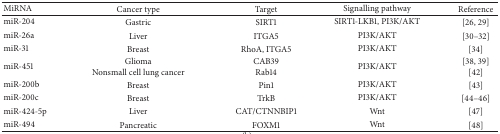
<table><thead><tr><td><b>MiRNA</b></td><td><b>Cancer type</b></td><td><b>Target</b></td><td><b>Signalling pathway</b></td><td><b>Reference</b></td></tr></thead><tbody><tr><td>miR-204</td><td>Gastric</td><td>SIRT1</td><td>SIRT1-LKB1, PI3K/AKT</td><td>[26, 29]</td></tr><tr><td>miR-26a</td><td>Liver </td><td>ITGA5</td><td>PI3K/AKT </td><td>[30–32]</td></tr><tr><td>miR-31</td><td>Breast</td><td>RhoA, ITGA5</td><td>PI3K/AKT</td><td>[34]</td></tr><tr><td>miR-451</td><td>GliomaNonsmall cell lung cancer</td><td>CAB39Rab14</td><td>PI3K/AKT</td><td>[38, 39][42]</td></tr><tr><td>miR-200b</td><td>Breast</td><td>Pin1</td><td>PI3K/AKT</td><td>[43]</td></tr><tr><td>miR-200c</td><td>Breast</td><td>TrkB</td><td>PI3K/AKT</td><td>[44–46]</td></tr><tr><td>miR-424-5p</td><td>Liver</td><td>CAT/CTNNBIP1</td><td>Wnt </td><td>[47]</td></tr><tr><td>miR-494</td><td>Pancreatic</td><td>FOXM1</td><td>Wnt</td><td>[48]</td></tr></tbody></table>